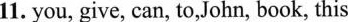
11. you, give, can, to,John, book, this